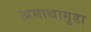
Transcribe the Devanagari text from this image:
अमाथागुडा